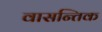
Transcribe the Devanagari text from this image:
वासन्तिक